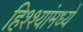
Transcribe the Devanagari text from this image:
हिश्श्यांमध्ये